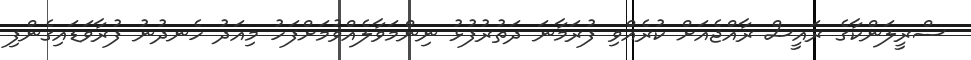
ސްރީލަންކާގެ ރައީސް ރާއްޖެއަށް ކުރެއްވި ފުރަމާނަ ދަތުރުފުޅު ނިންމަވާލެއްވުމަށްފަހު މިއަދު ހެނދުނު ފުރާވަޑައިގެންފި